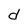
Character: d